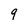
Character: q